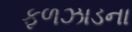
ફળઝાડના